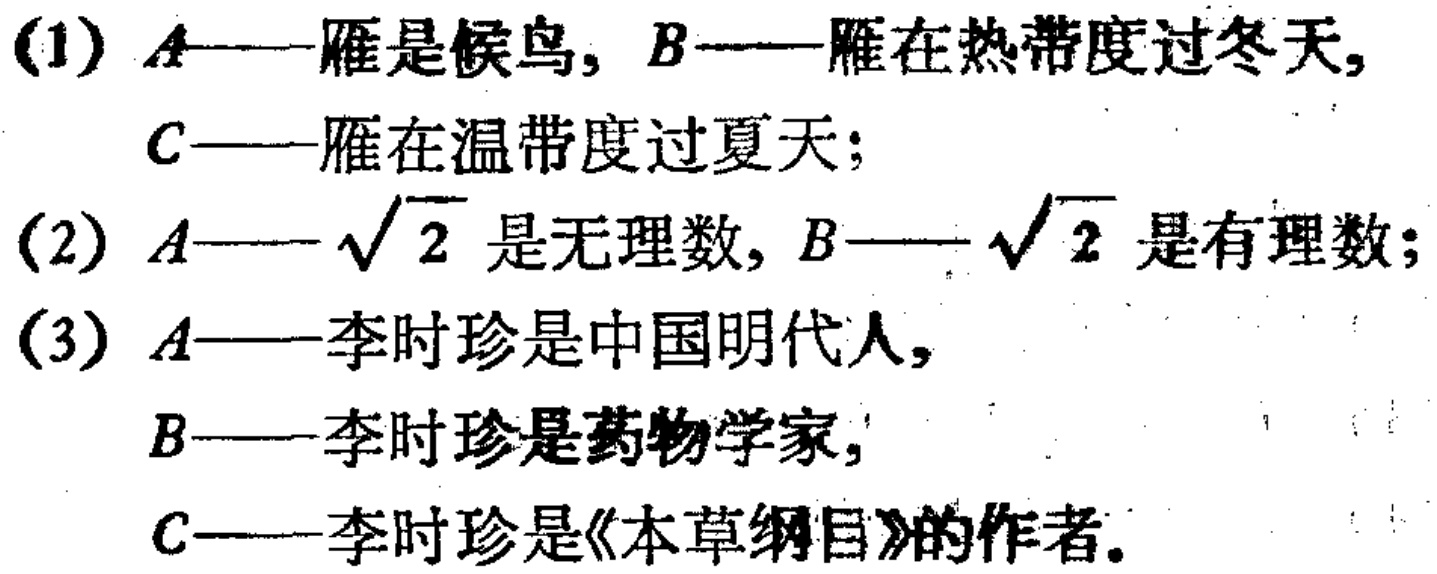
(1) \(A\)——雁是候鸟, \(B\)——雁在热带度过冬天, \(C\)——雁在温带度过夏天；

(2) \(A\)——\(\sqrt{2}\) 是无理数, \(B\)——\(\sqrt{2}\) 是有理数；

(3) \(A\)——李时珍是中国明代人, \(B\)——李时珍是药物学家, \(C\)——李时珍是《本草纲目》的作者。